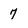
Character: 7